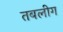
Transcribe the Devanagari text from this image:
तबलीग